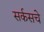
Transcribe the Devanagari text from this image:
सर्कसचे